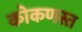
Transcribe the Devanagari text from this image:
कोकणस्त